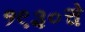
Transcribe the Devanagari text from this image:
१९३०चे